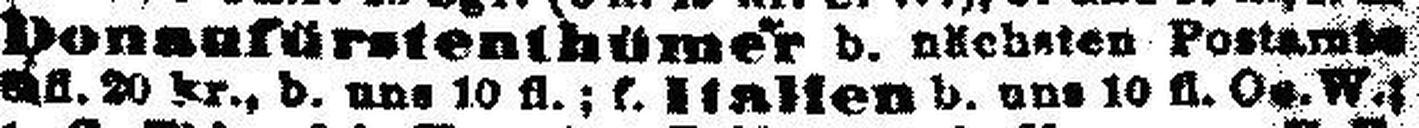
###fl. 20 kr., b. uns 10 fl.; f. Italien b. uns 10 fl. Oe. W.;